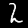
Digit: 2